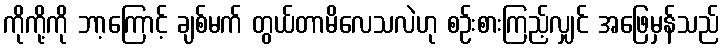
ကိုကို့ကို ဘာ့ကြောင့် ချစ်မက် တွယ်တာမိလေသလဲဟု စဉ်းစားကြည့်လျှင် အဖြေမှန်သည်